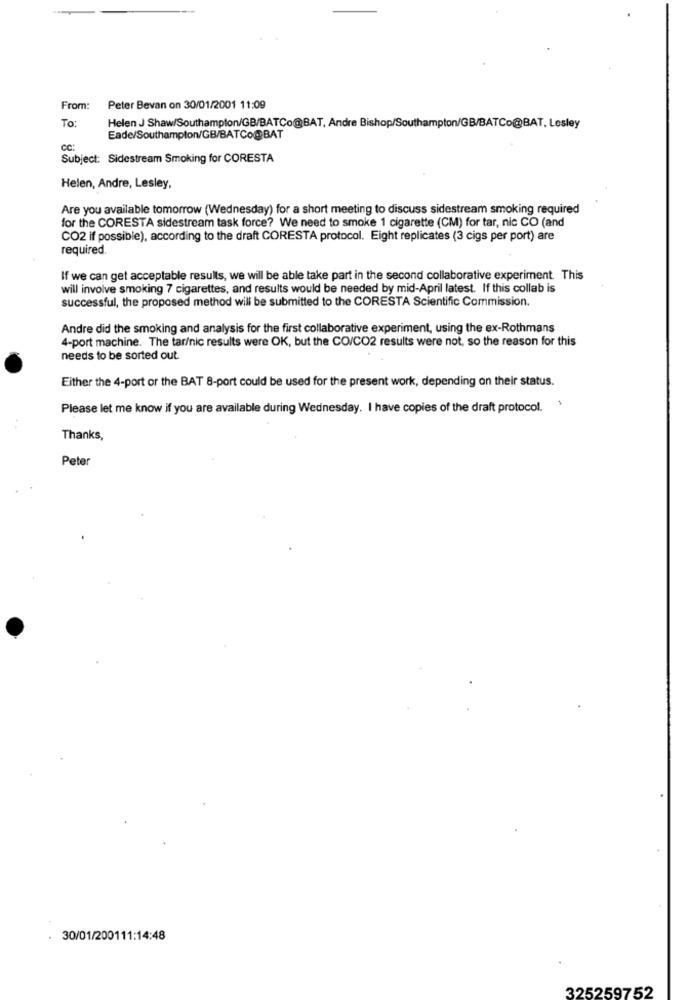
From:
Peter Bevan on 30/01/2001 11:09
To:
Helen J Shaw/Southampton/GB/BATCo@BAT, Andre Bishop/Southampton/GB/BATCo@BAT. Lesley
Eade/Southampton/GB/BATCo@BAT
Subject: Sidestream Smoking for CORESTA
Helen, Andre, Lesley,
Are you available tomorrow (Wednesday) for a short meeting to discuss sidestream smoking required
for the CORESTA sidestream task force? We need to smoke 1 cigarette (CM) for tar, nic CO (and
CO2 if possible), according to the draft CORESTA protocol. Eight replicates (3 cigs per port) are
required.
If we can get acceptable results, we will be able take part in the second collaborative experiment. This
will involve smoking 7 cigarettes, and results would be needed by mid-April latest. If this collab is
successful, the proposed method will be submitted to the CORESTA Scientific Commission.
Andre did the smoking and analysis for the first collaborative experiment, using the ex-Rothmans
4-port machine. The tar/nic results were OK, but the CO/CO2 results were not, so the reason for this
needs to be sorted out.
Either the 4-port or the BAT 8-port could be used for the present work, depending on their status.
Please let me know if you are available during Wednesday. I have copies of the draft protocol.
Thanks,
Peter
30/01/200111:14:48
3252597.52